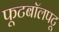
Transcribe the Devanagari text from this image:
फूटबॉलपटू